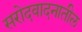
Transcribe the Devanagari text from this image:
सरोदवादनातील